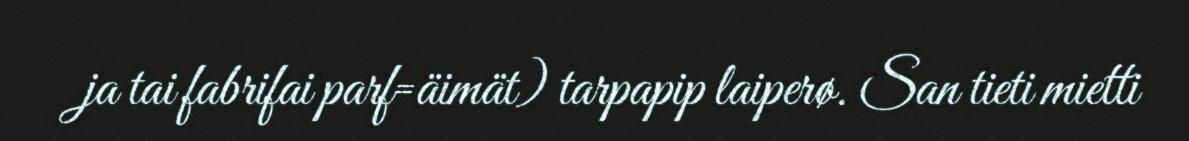
ja tai fabrifai parf=äimät) tarpapip laiperø. San tieti mietti